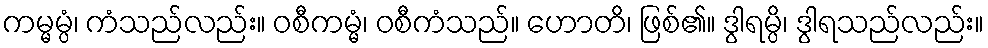
ကမ္မမ္ပံ၊ ကံသည်လည်း။ ဝစီကမ္မံ၊ ဝစီကံသည်။ ဟောတိ၊ ဖြစ်၏။ ဒွါရမ္ပိ၊ ဒွါရသည်လည်း။